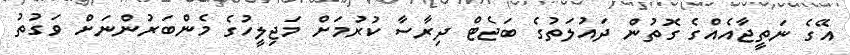
އޭގެ ނަތީޖާއެއްގެ ގޮތުން ދައުލަތުގެ ބަޖެޓް ދިރާސާ ކުރުމަށް މަޖިލީހުގެ މެންބަރުންނަށް ވަގުތު